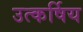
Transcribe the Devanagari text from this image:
उत्कर्षिय